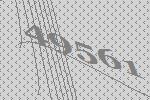
49561